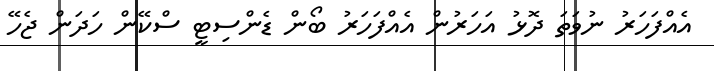
އެއްފަހަރު ނުވަތަ ދޮޅު އަހަރުން އެއްފަހަރު ބޯން ޑެންސިޓީ ސްކޭން ހަދަން ޖެހޭ